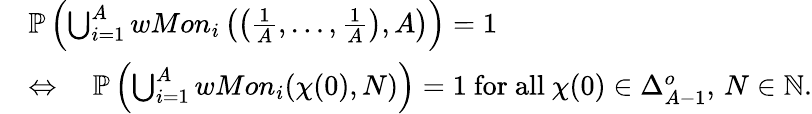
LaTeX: \begin{array}{rl}&{\mathbb{P}\left(\bigcup_{i=1}^{A}wMon_{i}\left(\left(\frac 1A,\ldots,\frac 1A\right),A\right)\right)=1}\\ &{\Leftrightarrow\quad\mathbb{P}\left(\bigcup_{i=1}^{A}wMon_{i}(\chi(0),N)\right)=1\mathrm{~for~all~}\chi(0)\in\Delta_{A-1}^{o},\, N\in\mathbb{N}.}\end{array}